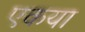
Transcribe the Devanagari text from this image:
एकया